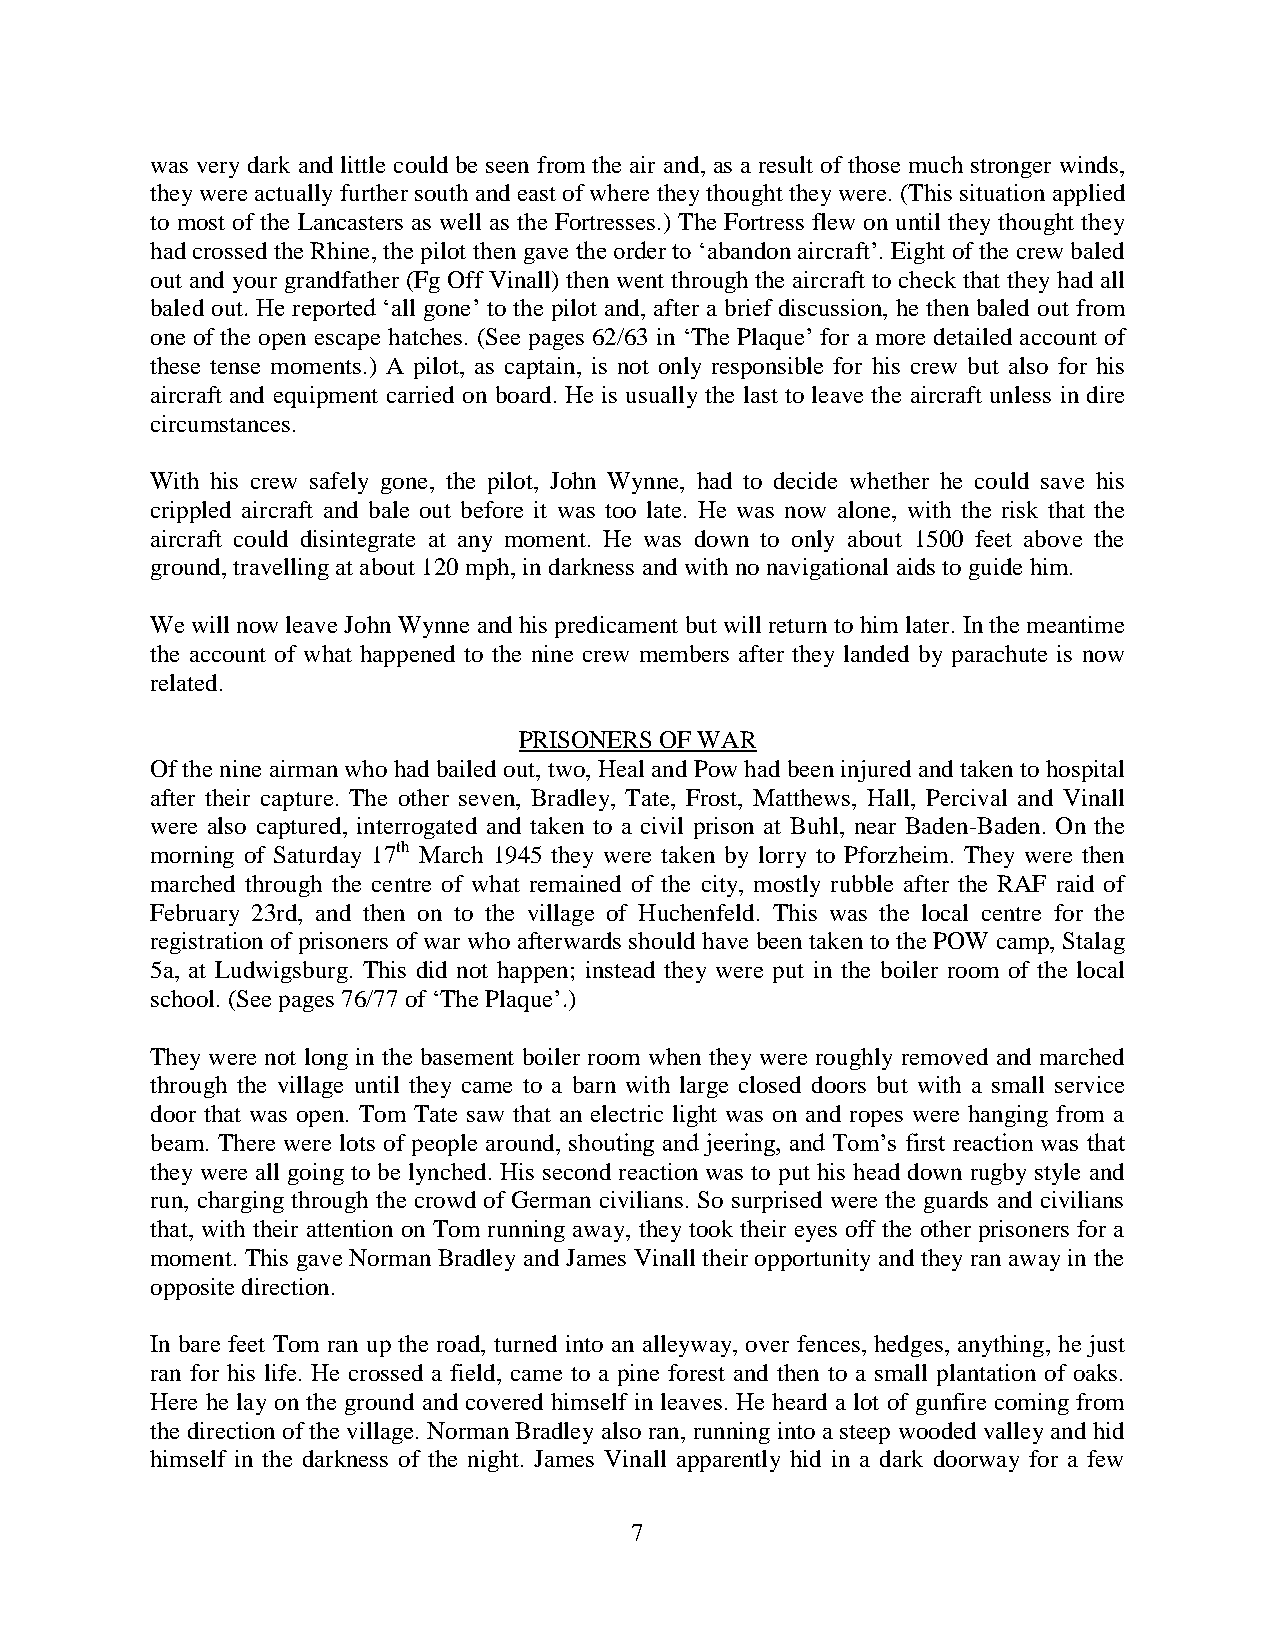
was very dark and little could be seen from the air and, as a result of those much stronger winds,
 they were actually further south and east of where they thought they were. (This situation applied
 to most of the Lancasters as well as the Fortresses.) The Fortress flew on until they thought they
 had crossed the Rhine, the pilot then gave the order to ‘abandon aircraft’. Eight of the crew baled
 out and your grandfather (Fg Off Vinall) then went through the aircraft to check that they had all
 baled out. He reported ‘all gone’ to the pilot and, after a brief discussion, he then baled out from
 one of the open escape hatches. (See pages 62/63 in ‘The Plaque’ for a more detailed account of
 these tense moments.) A pilot, as captain, is not only responsible for his crew but also for his
 aircraft and equipment carried on board. He is usually the last to leave the aircraft unless in dire
 circumstances.
 With his crew safely gone, the pilot, John Wynne, had to decide whether he could save his
 crippled aircraft and bale out before it was too late. He was now alone, with the risk that the
 aircraft could disintegrate at any moment. He was down to only about 1500 feet above the
 ground, travelling at about 120 mph, in darkness and with no navigational aids to guide him.
 We will now leave John Wynne and his predicament but will return to him later. In the meantime
 the account of what happened to the nine crew members after they landed by parachute is now
 related.
 PRISONERS OF WAR
 Of the nine airman who had bailed out, two, Heal and Pow had been injured and taken to hospital
 after their capture. The other seven, Bradley, Tate, Frost, Matthews, Hall, Percival and Vinall
 were also captured, interrogated and taken to a civil prison at Buhl, near Baden-Baden. On the
 morning of Saturday 17th March 1945 they were taken by lorry to Pforzheim. They were then
 marched through the centre of what remained of the city, mostly rubble after the RAF raid of
 February 23rd, and then on to the village of Huchenfeld. This was the local centre for the
 registration of prisoners of war who afterwards should have been taken to the POW camp, Stalag
 5a, at Ludwigsburg. This did not happen; instead they were put in the boiler room of the local
 school. (See pages 76/77 of ‘The Plaque’.)
 They were not long in the basement boiler room when they were roughly removed and marched
 through the village until they came to a barn with large closed doors but with a small service
 door that was open. Tom Tate saw that an electric light was on and ropes were hanging from a
 beam. There were lots of people around, shouting and jeering, and Tom’s first reaction was that
 they were all going to be lynched. His second reaction was to put his head down rugby style and
 run, charging through the crowd of German civilians. So surprised were the guards and civilians
 that, with their attention on Tom running away, they took their eyes off the other prisoners for a
 moment. This gave Norman Bradley and James Vinall their opportunity and they ran away in the
 opposite direction.
 In bare feet Tom ran up the road, turned into an alleyway, over fences, hedges, anything, he just
 ran for his life. He crossed a field, came to a pine forest and then to a small plantation of oaks.
 Here he lay on the ground and covered himself in leaves. He heard a lot of gunfire coming from
 the direction of the village. Norman Bradley also ran, running into a steep wooded valley and hid
 himself in the darkness of the night. James Vinall apparently hid in a dark doorway for a few
 7